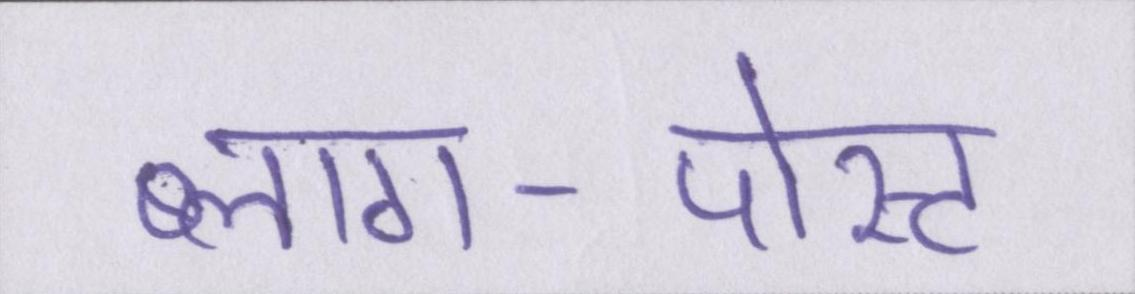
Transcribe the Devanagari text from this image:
ब्लाग-पोस्ट